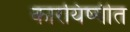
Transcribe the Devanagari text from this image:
कारयिष्यीत